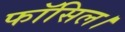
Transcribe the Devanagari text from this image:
फॉसिल।